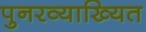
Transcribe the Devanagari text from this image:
पुनरव्याख्यित